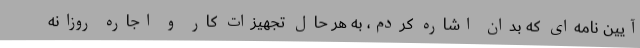
آیین نامه‌ای که بدان اشاره کردم، به هر حال تجهیزات کار و اجاره روزانه